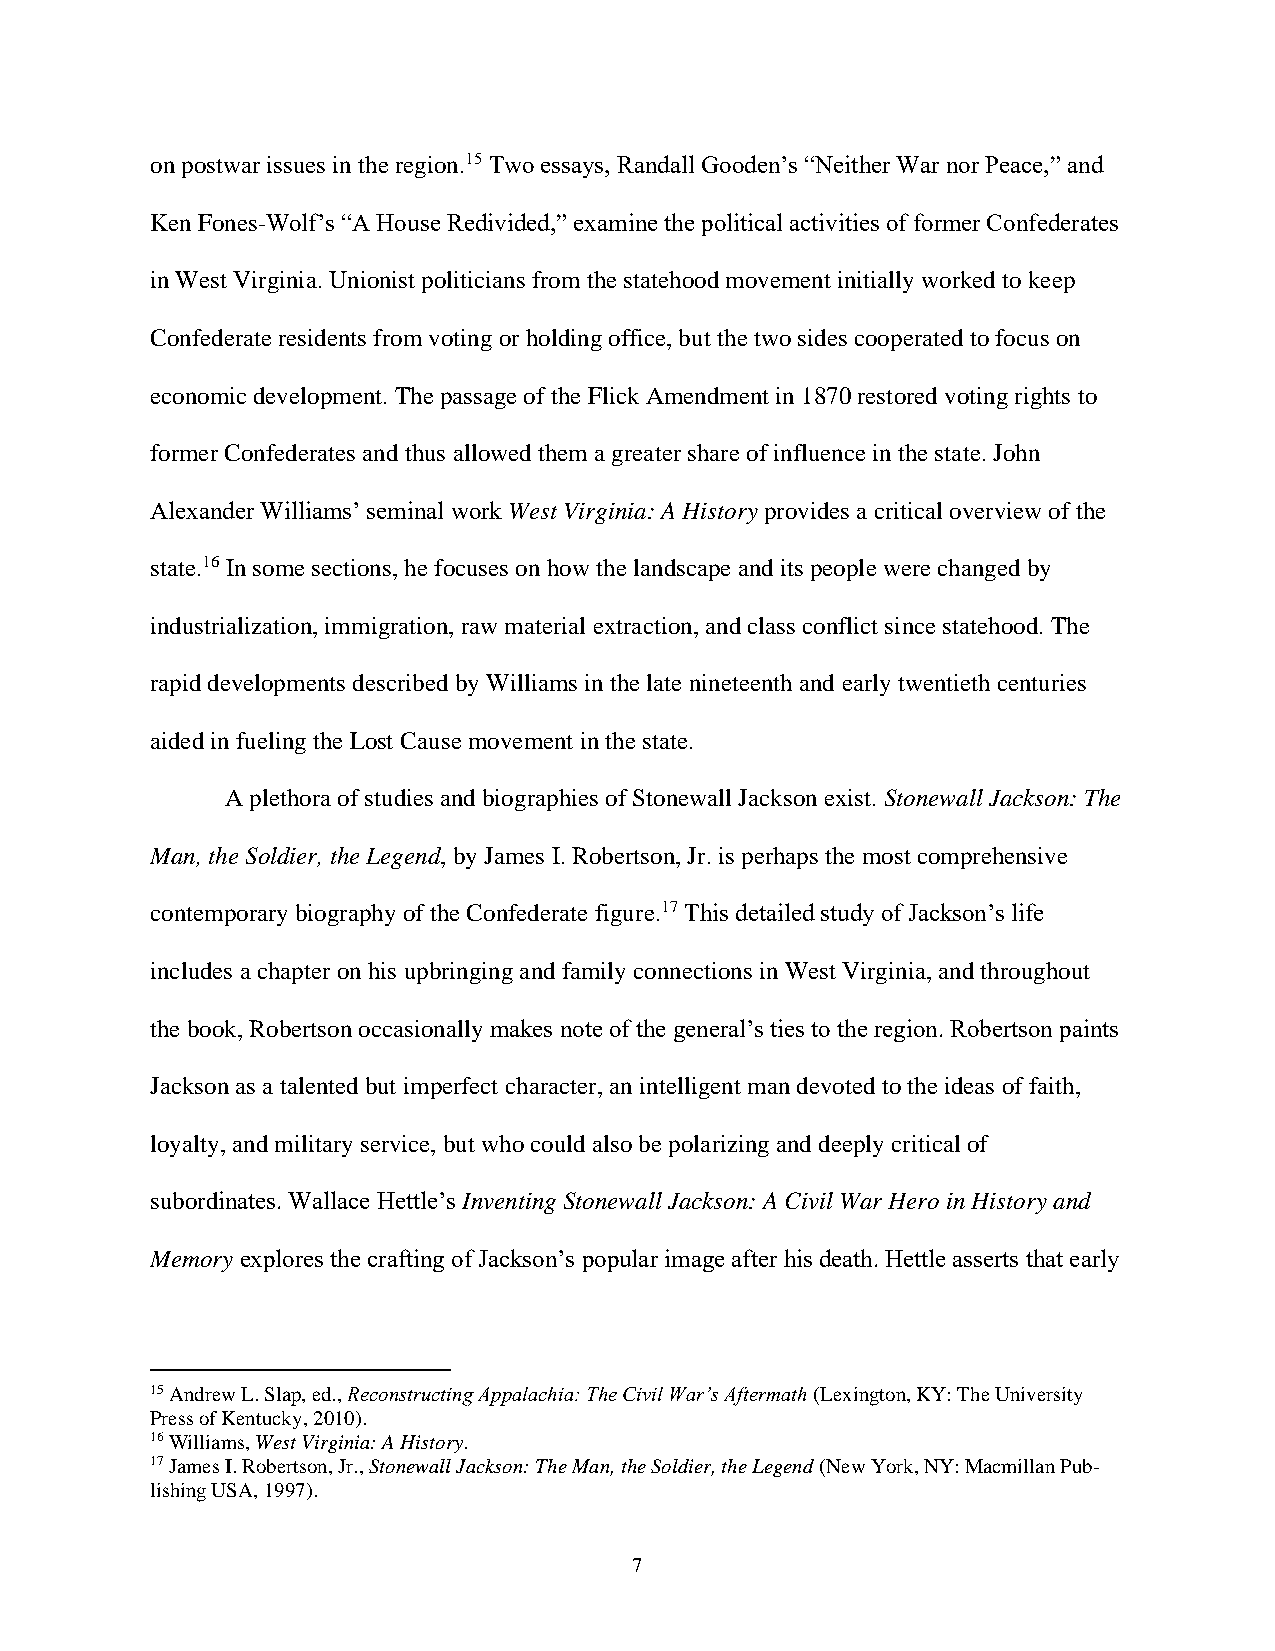
on postwar issues in the region.15 Two essays, Randall Gooden’s “Neither War nor Peace,” and
 Ken Fones-Wolf’s “A House Redivided,” examine the political activities of former Confederates
 in West Virginia. Unionist politicians from the statehood movement initially worked to keep
 Confederate residents from voting or holding office, but the two sides cooperated to focus on
 economic development. The passage of the Flick Amendment in 1870 restored voting rights to
 former Confederates and thus allowed them a greater share of influence in the state. John
 Alexander Williams’ seminal work West Virginia: A History provides a critical overview of the
 state.16 In some sections, he focuses on how the landscape and its people were changed by
 industrialization, immigration, raw material extraction, and class conflict since statehood. The
 rapid developments described by Williams in the late nineteenth and early twentieth centuries
 aided in fueling the Lost Cause movement in the state.
 A plethora of studies and biographies of Stonewall Jackson exist. Stonewall Jackson: The
 Man, the Soldier, the Legend, by James I. Robertson, Jr. is perhaps the most comprehensive
 contemporary biography of the Confederate figure.17 This detailed study of Jackson’s life
 includes a chapter on his upbringing and family connections in West Virginia, and throughout
 the book, Robertson occasionally makes note of the general’s ties to the region. Robertson paints
 Jackson as a talented but imperfect character, an intelligent man devoted to the ideas of faith,
 loyalty, and military service, but who could also be polarizing and deeply critical of
 subordinates. Wallace Hettle’s Inventing Stonewall Jackson: A Civil War Hero in History and
 Memory explores the crafting of Jackson’s popular image after his death. Hettle asserts that early
 15 Andrew L. Slap, ed., Reconstructing Appalachia: The Civil War’s Aftermath (Lexington, KY: The University
 Press of Kentucky, 2010).
 16 Williams, West Virginia: A History.
 17 James I. Robertson, Jr., Stonewall Jackson: The Man, the Soldier, the Legend (New York, NY: Macmillan Pub-
 lishing USA, 1997).
 7